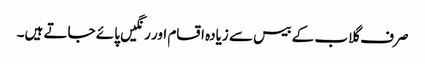
صرف گلاب کے بیس سے زیادہ اقسام اور رنگیں پائے جاتے ہیں۔